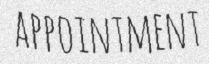
APPOINTMENT